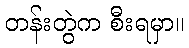
တန်းတွဲက စီးရမှာ။